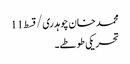
محمد خان چوہدری/قسط11
تحریکی طوطے۔